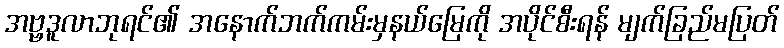
အဗ္ဗဒူလာဘုရင်၏ အနောက်ဘက်ကမ်းမှနယ်မြေကို အပိုင်စီးရန် မျက်ခြည်မပြတ်